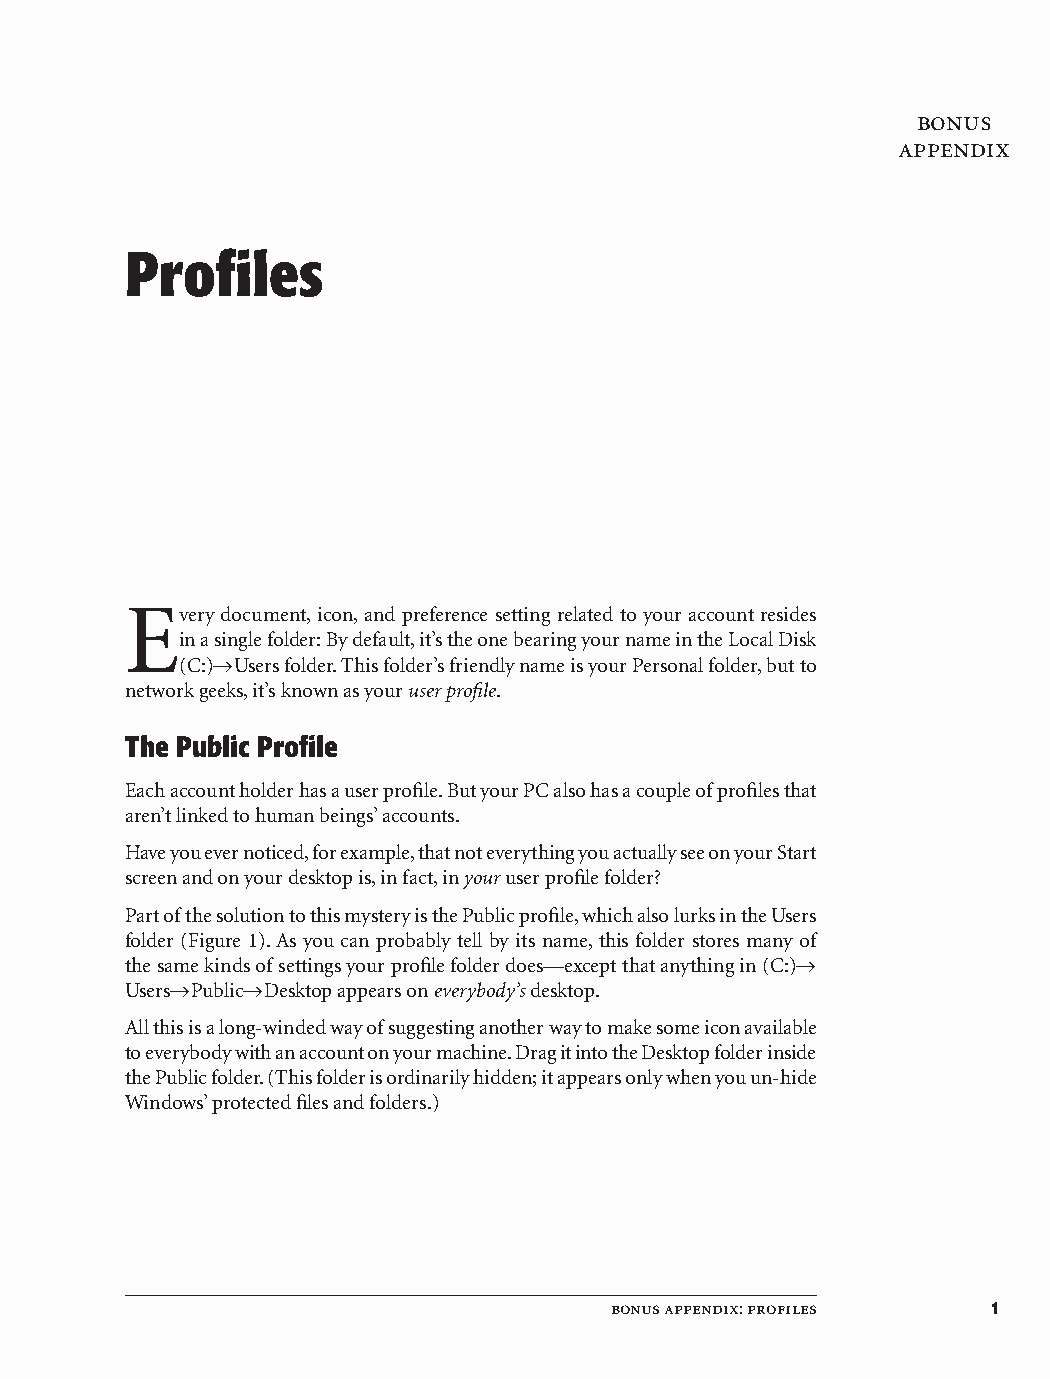
bonus
 appendix
 Profiles
 E
 very document, icon, and preference setting related to your account resides
 in a single folder: By default, it’s the one bearing your name in the Local Disk
 (C:)ÆUsers folder. This folder’s friendly name is your Personal folder, but to
 network geeks, it’s known as your user profile.
 The Public Profile
 Each account holder has a user profile. But your PC also has a couple of profiles that
 aren’t linked to human beings’ accounts.
 Have you ever noticed, for example, that not everything you actually see on your Start
 screen and on your desktop is, in fact, in your user profile folder?
 Part of the solution to this mystery is the Public profile, which also lurks in the Users
 folder (Figure 1). As you can probably tell by its name, this folder stores many of
 the same kinds of settings your profile folder does—except that anything in (C:)Æ
 UsersÆPublicÆDesktop appears on everybody’s desktop.
 All this is a long-winded way of suggesting another way to make some icon available
 to everybody with an account on your machine. Drag it into the Desktop folder inside
 the Public folder. (This folder is ordinarily hidden; it appears only when you un-hide
 Windows’ protected files and folders.)
 bonus appendix: profiles  1